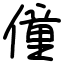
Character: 僮